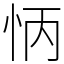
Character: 怲